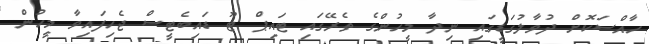
ހާއްސަކޮށް ދުވާލުގަޑީގައި ނިދާ މީހުންގެ ތެރޭގައި ޓައިޕް ޓޫ ޑައިބެޓީސް ޖެހިފައިވާ މީހުން